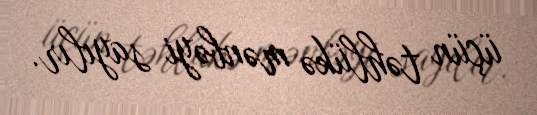
üçün təhlükə mənbəyi sayılır.